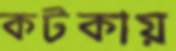
কটকায়